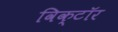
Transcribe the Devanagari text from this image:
विक्टॉर